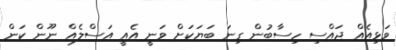
ވަޅިއެއް ޖައްސި ހިސާބުން ގިނަ ބަޔަކަށް ވަނީ އެއީ އަސްލެއް ނޫން ކަން